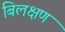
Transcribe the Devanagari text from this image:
बिलक्षण